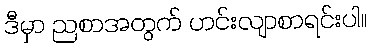
ဒီမှာ ညစာအတွက် ဟင်းလျာစာရင်းပါ။